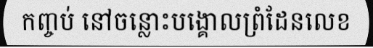
កញ្ចប់ នៅចន្លោះបង្គោលព្រំដែនលេខ